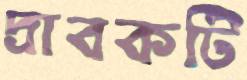
দ্রাবকটি